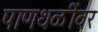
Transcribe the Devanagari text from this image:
पाणथळींवर